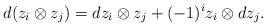
LaTeX: \begin{align*}d(z_i \otimes z_j)=dz_i \otimes z_j +(-1)^{i} z_i \otimes dz_j.\end{align*}